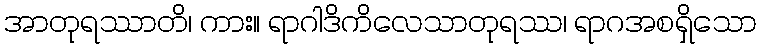
အာတုရဿာတိ၊ ကား။ ရာဂါဒိကိလေသာတုရဿ၊ ရာဂအစရှိသော